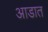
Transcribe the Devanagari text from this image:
आडात